Scottish Leaving Certificate Examination, 1957
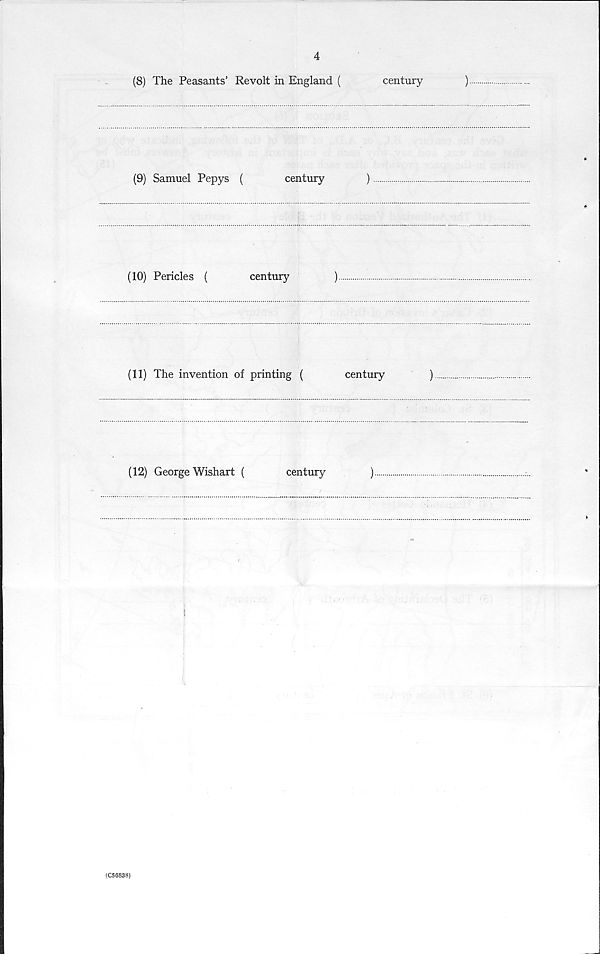
4
(8) The Peasants’ Revolt in England (
century
)
(9) Samuel Pepys (
century
)
(10) Pericles (
century
)
(11) The invention of printing (
century
)
(12) George Wishart (
century
)
(C56838)